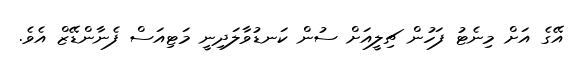
އޭގެ އަށް މިނެޓު ފަހުން ޗިލީއަށް ސުން ކަނޑުވާލަދިނީ މަޓިއަސް ފެނާންޑޭޒް އެވެ.